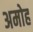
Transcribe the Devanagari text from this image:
अमोह